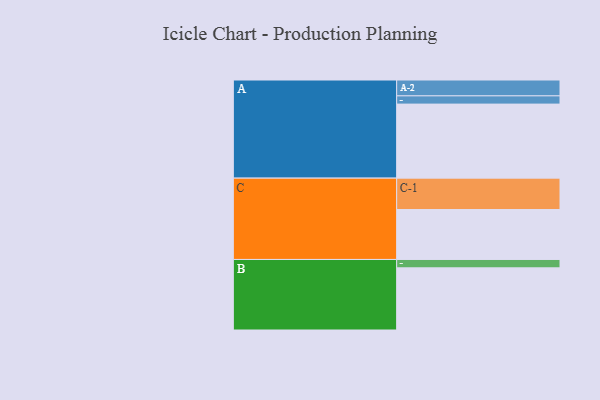
{"axis": {"x": "Segment", "y": "Value"}, "legend": ["", "A", "B", "C"], "data": [{"x": "A", "y": 467, "type": ""}, {"x": "B", "y": 392, "type": ""}, {"x": "C", "y": 315, "type": ""}, {"x": "A-1", "y": 52, "type": "A"}, {"x": "A-2", "y": 100, "type": "A"}, {"x": "B-1", "y": 53, "type": "B"}, {"x": "C-1", "y": 198, "type": "C"}]}